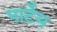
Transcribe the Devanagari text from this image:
पार्टेम